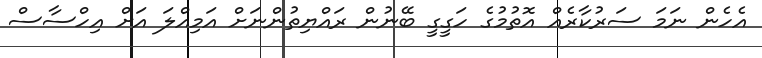
އެހެން ނަމަ ސަރުކާރެއް އޮތުމުގެ ހަގީގީ ބޭނުން ރައްޔިތުންނަށް އަމިއްލަ އަށް އިހްސާސް